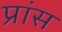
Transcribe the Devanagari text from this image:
प्रांस